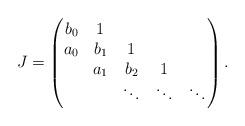
LaTeX: \begin{align*}J=\begin{pmatrix}b_{0} & 1 & & & \\a_{0} & b_{1} & 1 & \\ & a_{1} & b_{2} & 1 & \\ & & \ddots & \ddots & \ddots \end{pmatrix}.\end{align*}